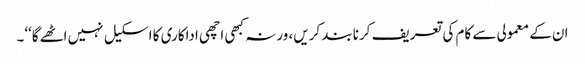
ان کے معمولی سے کام کی تعریف کرنا بند کریں، ورنہ کبھی اچھی اداکاری کا اسکیل نہیں اٹھےگا‘‘۔